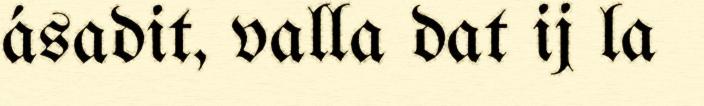
ásadit, valla dat ij la